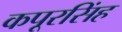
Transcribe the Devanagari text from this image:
कपूरसिंह